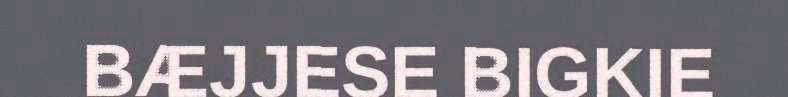
BÆJJESE BIGKIE